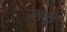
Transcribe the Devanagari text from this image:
साद्री